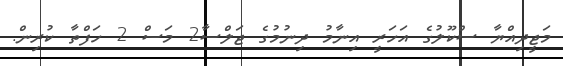
މަޖީދިއްޔާ ސްކޫލުގެ އަހަރީ އިނާމު ދިނުމުގެ ޖަލްސާ2 މަސް 2 ހަފްތާ ކުރިން.